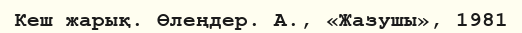
Кеш жарық. Өлеңдер. А., «Жазушы», 1981